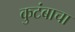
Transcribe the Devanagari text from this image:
कुटंबाचा